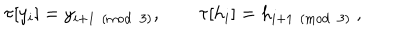
\tau [ y _ { i } ] = y _ { i + 1 \pmod 3 } , \qquad \tau [ h _ { i } ] = h _ { i + 1 \pmod 3 } \ ,